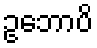
ဥဘောပိ